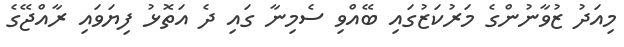
މިއަދު ޒުވާނުންގެ މަރުކަޒުގައި ބޭއްވި ސެމިނާ ގައި ދެ އަތޮޅު ފިޔަވައި ރާއްޖޭގެ